Punjab Mental Hospital Lahore 1932-46 - 1932-1946
Year: 1932
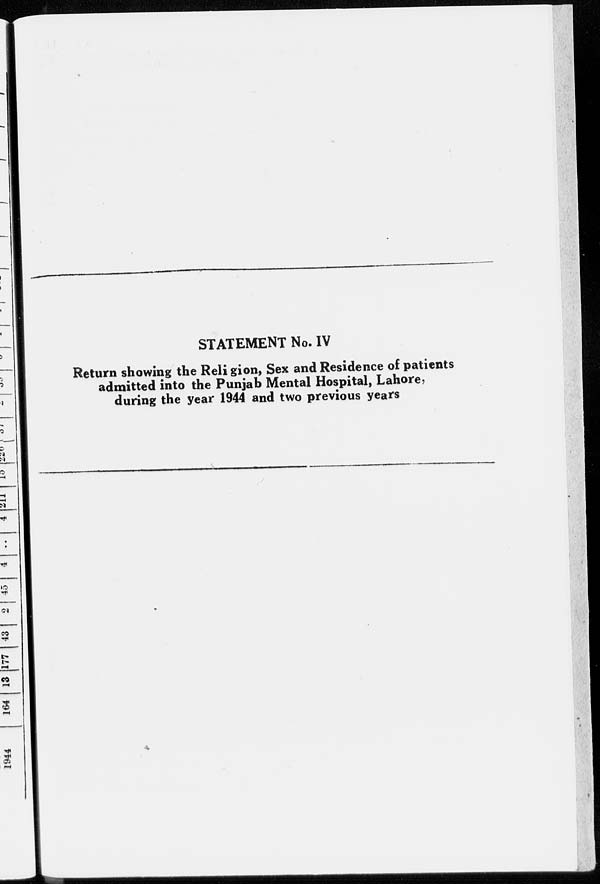
STATEMENT No. IV
Return showing the Religion, Sex and Residence of patients
admitted into the Punjab Mental Hospital, Lahore,
during the year 1944 and two previous years